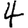
Digit: 4